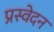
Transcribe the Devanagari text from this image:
प्रस्वेदन